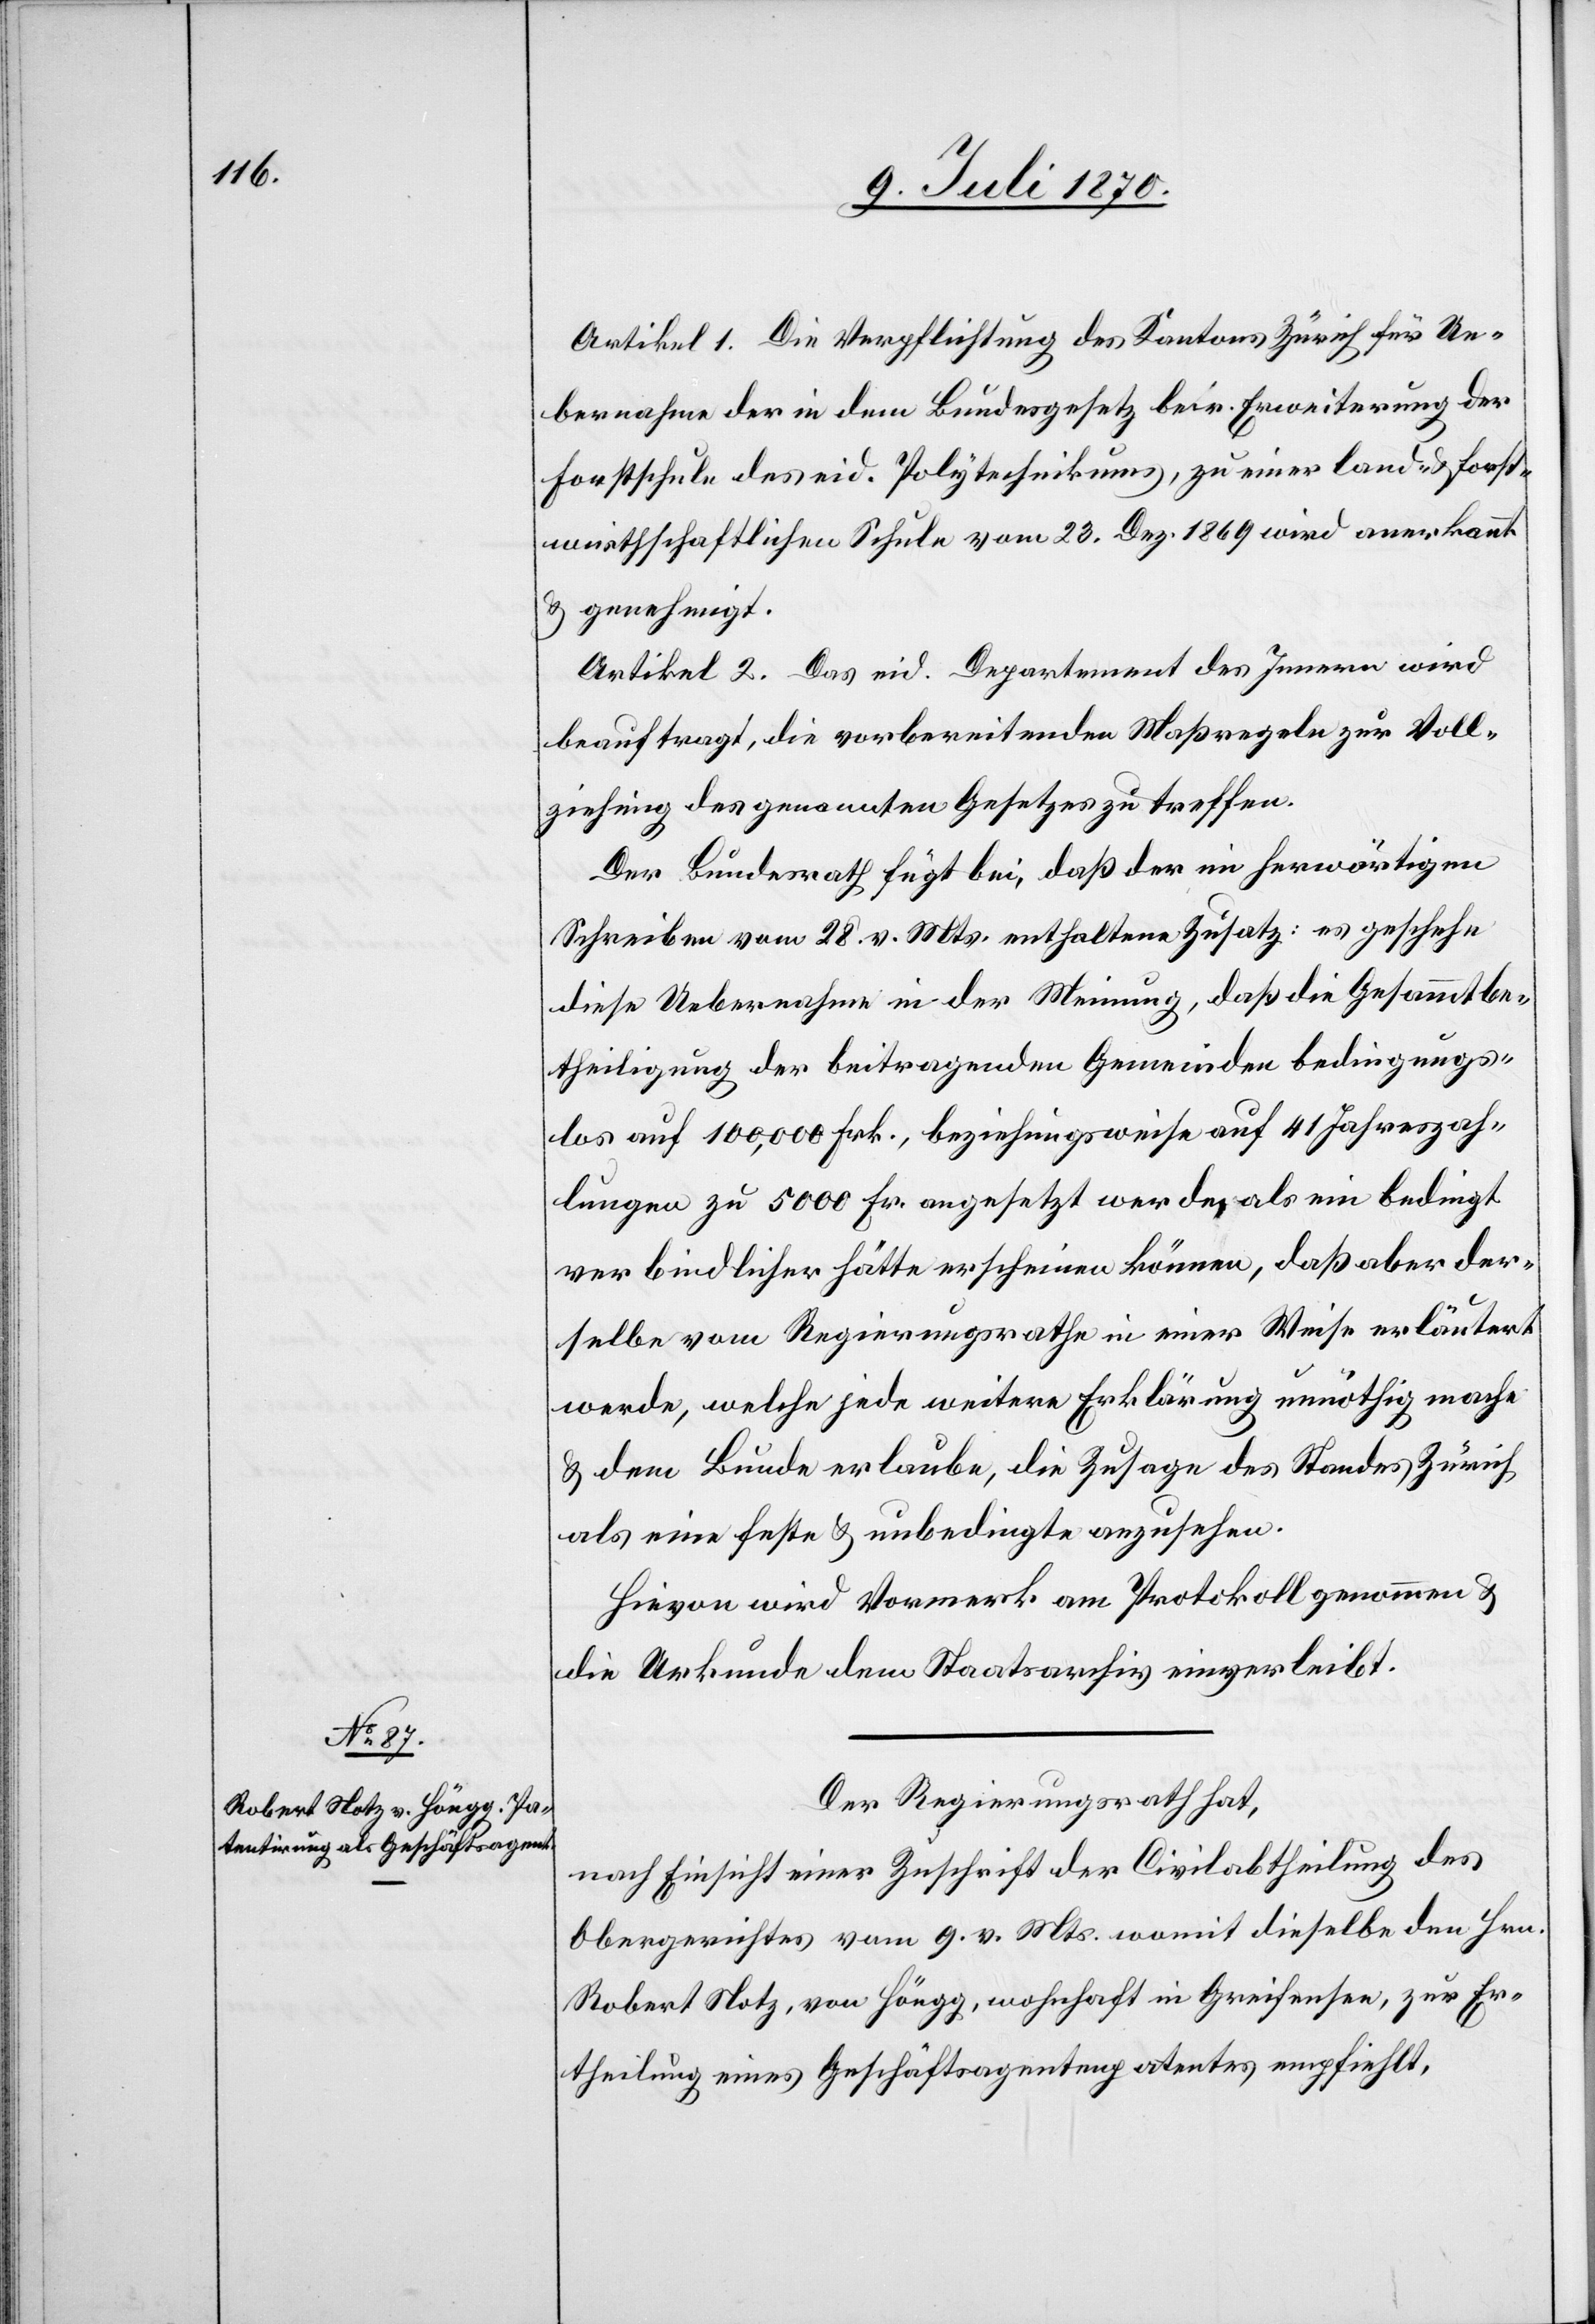
Artikel 1. Die Verpflichtung des Kantons Zürich für Ue¬
bernahme der in dem Bundesgesetz betr. Erweiterung der
Forstschule des eid. Polytechnikums, zu einer land- & forst¬
wirthschaftlichen Schule vom 23. Dez. 1869 wird anerkannt
& genehmigt.
Artikel 2. Das eid. Departement des Innern wird
beauftragt, die vorbereitenden Maßregeln zur Voll¬
ziehung des genannten Gesetzes zu treffen.
Der Bundesrath fügt bei, daß der im herwärtigen
Schreiben vom 28. v. Mts. enthaltene Zusatz: es geschehe
diese Uebernahme in der Meinung, daß die Gesammtbe¬
theiligung der beitragenden Gemeinden bedingungs¬
los auf 100,000 Frk., beziehungsweise auf 41 Jahreszah¬
lungen zu 5000 Fr. angesetzt werde, als ein bedingt
verbindlicher hätte erscheinen können, daß aber der¬
selbe vom Regierungsrathe in einer Weise erläutert
werde, welche jede weitere Erklärung unnöthig mache
& dem Bunde erlaube, die Zusage des Standes Zürich
als eine feste & unbedingte anzusehen.
Hievon wird Vormerk am Protokoll genommen &
die Urkunde dem Staatsarchiv einverleibt.
Der Regierungsrath hat,
nach Einsicht einer Zuschrift der Civilabtheilung des
Obergerichtes vom 9. v. Mts. womit dieselbe den Hrn.
Robert Notz, von Höngg, wohnhaft in Greifensee, zur Er¬
theilung eines Geschäftsagentenpatentes empfiehlt,